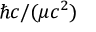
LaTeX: \hbar c / ( \mu c ^ { 2 } )